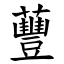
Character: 蘴